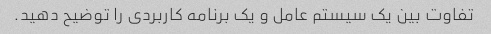
تفاوت بین یک سیستم عامل و یک برنامه کاربردی را توضیح دهید.